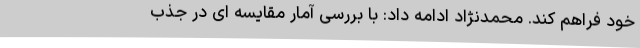
خود فراهم کند. محمدنژاد ادامه داد: با بررسی آمار مقایسه ای در جذب